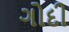
ગોદી